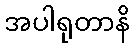
အပါရုတာနိ